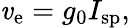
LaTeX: \mathit{v}_{\mathrm{{e}}}=g_{0}I_{\mathrm{{sp}}},